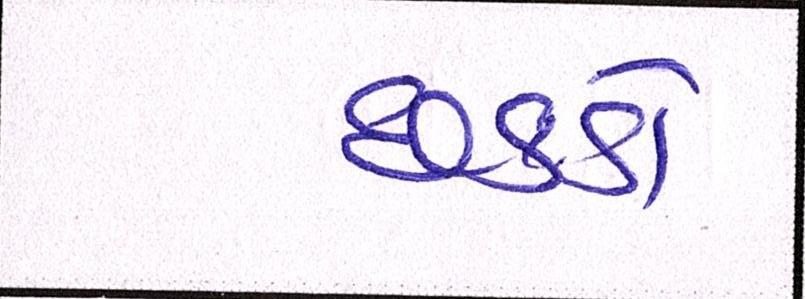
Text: છકડો